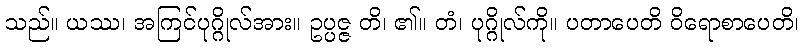
သည်။ ယဿ၊ အကြင်ပုဂ္ဂိုလ်အား။ ဥပ္ပဇ္ဇ တိ၊ ၏။ တံ၊ ပုဂ္ဂိုလ်ကို။ ပတာပေတိ ဝိရောစာပေတိ၊